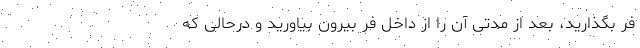
فر بگذارید، بعد از مدتی آن را از داخل فر بیرون بیاورید و در‌حالی که